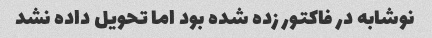
نوشابه در فاکتور زده شده بود اما تحویل داده نشد